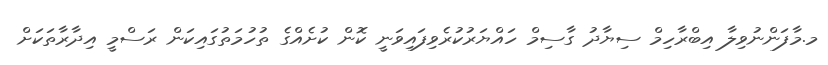
މ.މާފަންނުވިލާ އިބްރާހިމް ސިޔާދު ގާސިމް ހައްޔަރުކުރެވިފައިވަނީ ކޮން ކުށެއްގެ ތުހުމަތުގައިކަން ރަސްމީ އިދާރާތަކަށް